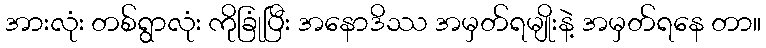
အားလုံး တစ်ရွာလုံး ကိုခြုံပြီး အနောဒိဿ အမှတ်ရမျိုးနဲ့ အမှတ်ရနေ တာ။